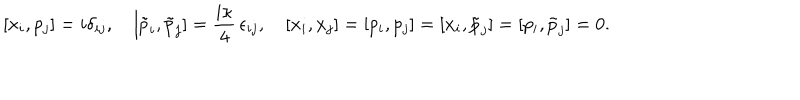
[ x _ { i } , p _ { j } ] = i \delta _ { i j } , \quad [ \tilde { p } _ { i } , \tilde { p } _ { j } ] = \frac { i \kappa } { 4 } \, \epsilon _ { i j } , \quad [ x _ { i } , x _ { j } ] = [ p _ { i } , p _ { j } ] = [ x _ { i } , \tilde { p } _ { j } ] = [ p _ { i } , \tilde { p } _ { j } ] = 0 .